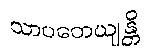
သာပတေယျန္တိ